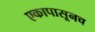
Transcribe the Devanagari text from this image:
एकापासूनच